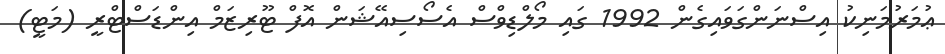
ޢުމަރުމަނިކު އިސްނަންގަވައިގެން 1992 ގައި މޯލްޑިވްސް އެސޯސިއޭޝަން އޮފް ޓޫރިޒަމް އިންޑަސްޓްރީ (މަޓީ)